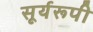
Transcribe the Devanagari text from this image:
सूर्यरूपी